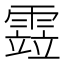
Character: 𩄳